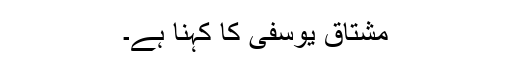
مشتاق یوسفی کا کہنا ہے۔